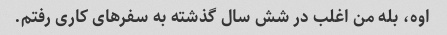
اوه، بله من اغلب در شش سال گذشته به سفرهای کاری رفتم.